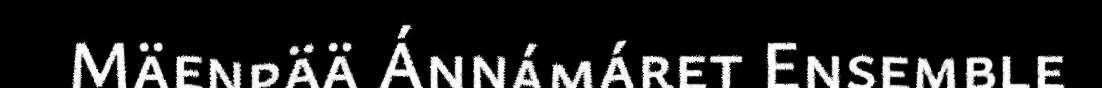
Mäenpää Ánnámáret Ensemble